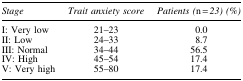
<table><thead><tr><td><b><i>Stage</i></b></td><td><b><i>Trait anxiety score</i></b></td><td><b><i>Patients (</i>n<i> = 23) (%)</i></b></td></tr></thead><tbody><tr><td>I: Very low</td><td>21–23</td><td>0.0</td></tr><tr><td>II: Low</td><td>24–33</td><td>8.7</td></tr><tr><td>III: Normal</td><td>34–44</td><td>56.5</td></tr><tr><td>IV: High</td><td>45–54</td><td>17.4</td></tr><tr><td>V: Very high</td><td>55–80</td><td>17.4</td></tr></tbody></table>